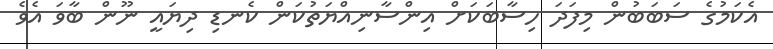
އެކަމުގެ ސަބަބުން މިފަދަ ހިސާބަކަށް އިންސާނިއްޔަތުކަން ކެނޑި ދިޔައީ ނޫން ބާވަ އެވެ